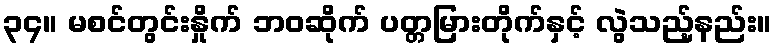
၃၄။ မစင်တွင်းနှိုက် ဘဝဆိုက် ပတ္တမြားတိုက်နှင့် လွဲသည့်နည်း။